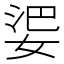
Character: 𱙘